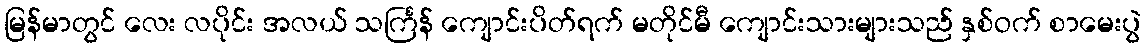
မြန်မာတွင် လေး လပိုင်း အလယ် သင်္ကြန် ကျောင်းပိတ်ရက် မတိုင်မီ ကျောင်းသားများသည် နှစ်ဝက် စာမေးပွဲ